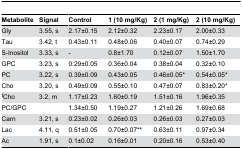
| Metabolite | Signal | Control | 1 (10 mg/Kg) | 2 (1 mg/Kg) | 2 (10 mg/Kg) |
 | --- | --- | --- | --- | --- | --- |
 | Gly | 3.55, s | 2.17±0.15 | 2.12±0.32 | 2.23±0.17 | 2.00±0.33 |
 | Tau | 3.42, t | 0.43±0.11 | 0.48±0.06 | 0.40±0.07 | 0.74±0.29 |
 | S-Inositol | 3.33, s | - | 0.8±1.70 | 0.12±0.07 | 1.50±1.70 |
 | GPC | 3.23, s | 0.29±0.05 | 0.36±0.04 | 0.38±0.04 | 0.32±0.10 |
 | PC | 3.22, s | 0.39±0.09 | 0.43±0.05 | 0.46±0.05* | 0.54±0.05* |
 | Cho | 3.20, s | 0.49±0.09 | 0.55±0.10 | 0.47±0.07 | 0.83±0.20* |
 | tCho | 3.2, m | 1.17±0.23 | 1.60±0.19 | 1.51±0.16 | 1.96±0.35 |
 | PC/GPC |  | 1.34±0.50 | 1.19±0.27 | 1.21±0.26 | 1.69±0.68 |
 | Carn | 3.21, s | 0.23±0.02 | 0.26±0.03 | 0.26±0.03 | 0.27±0.03 |
 | Lac | 4.11, q | 0.51±0.05 | 0.70±0.07** | 0.63±0.11 | 0.97±0.34 |
 | Ac | 1.91, s | 0.1±0.02 | 0.16±0.01 | 0.20±0.16 | 0.53±0.40 |